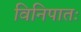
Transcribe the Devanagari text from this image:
विनिपातः